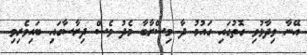
އޭނާ ވިދާޅުވި ގޮތުގައި ގައުމު ދާ މިސްރާބާ މެދު ވެސް ދިރާސާގައި ބައިވެރިވި